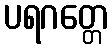
ပရဂတ္တေ